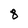
Character: 8